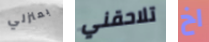
بمنزلي تلاحقني اخ